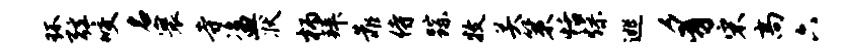
环弦咬名寰寺盗状柄拜靠侍踪牧关策恬燥逃豸宋高六